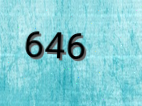
646